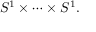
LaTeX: S ^ { 1 } \times \cdots \times S ^ { 1 } .